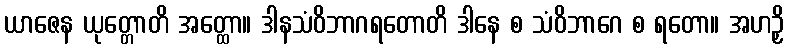
ယာဇေန ယုတ္တောတိ အတ္ထော။ ဒါနသံဝိဘာဂရတောတိ ဒါနေ စ သံဝိဘာဂေ စ ရတော။ အဟဉှိ